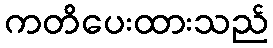
ကတိပေးထားသည်